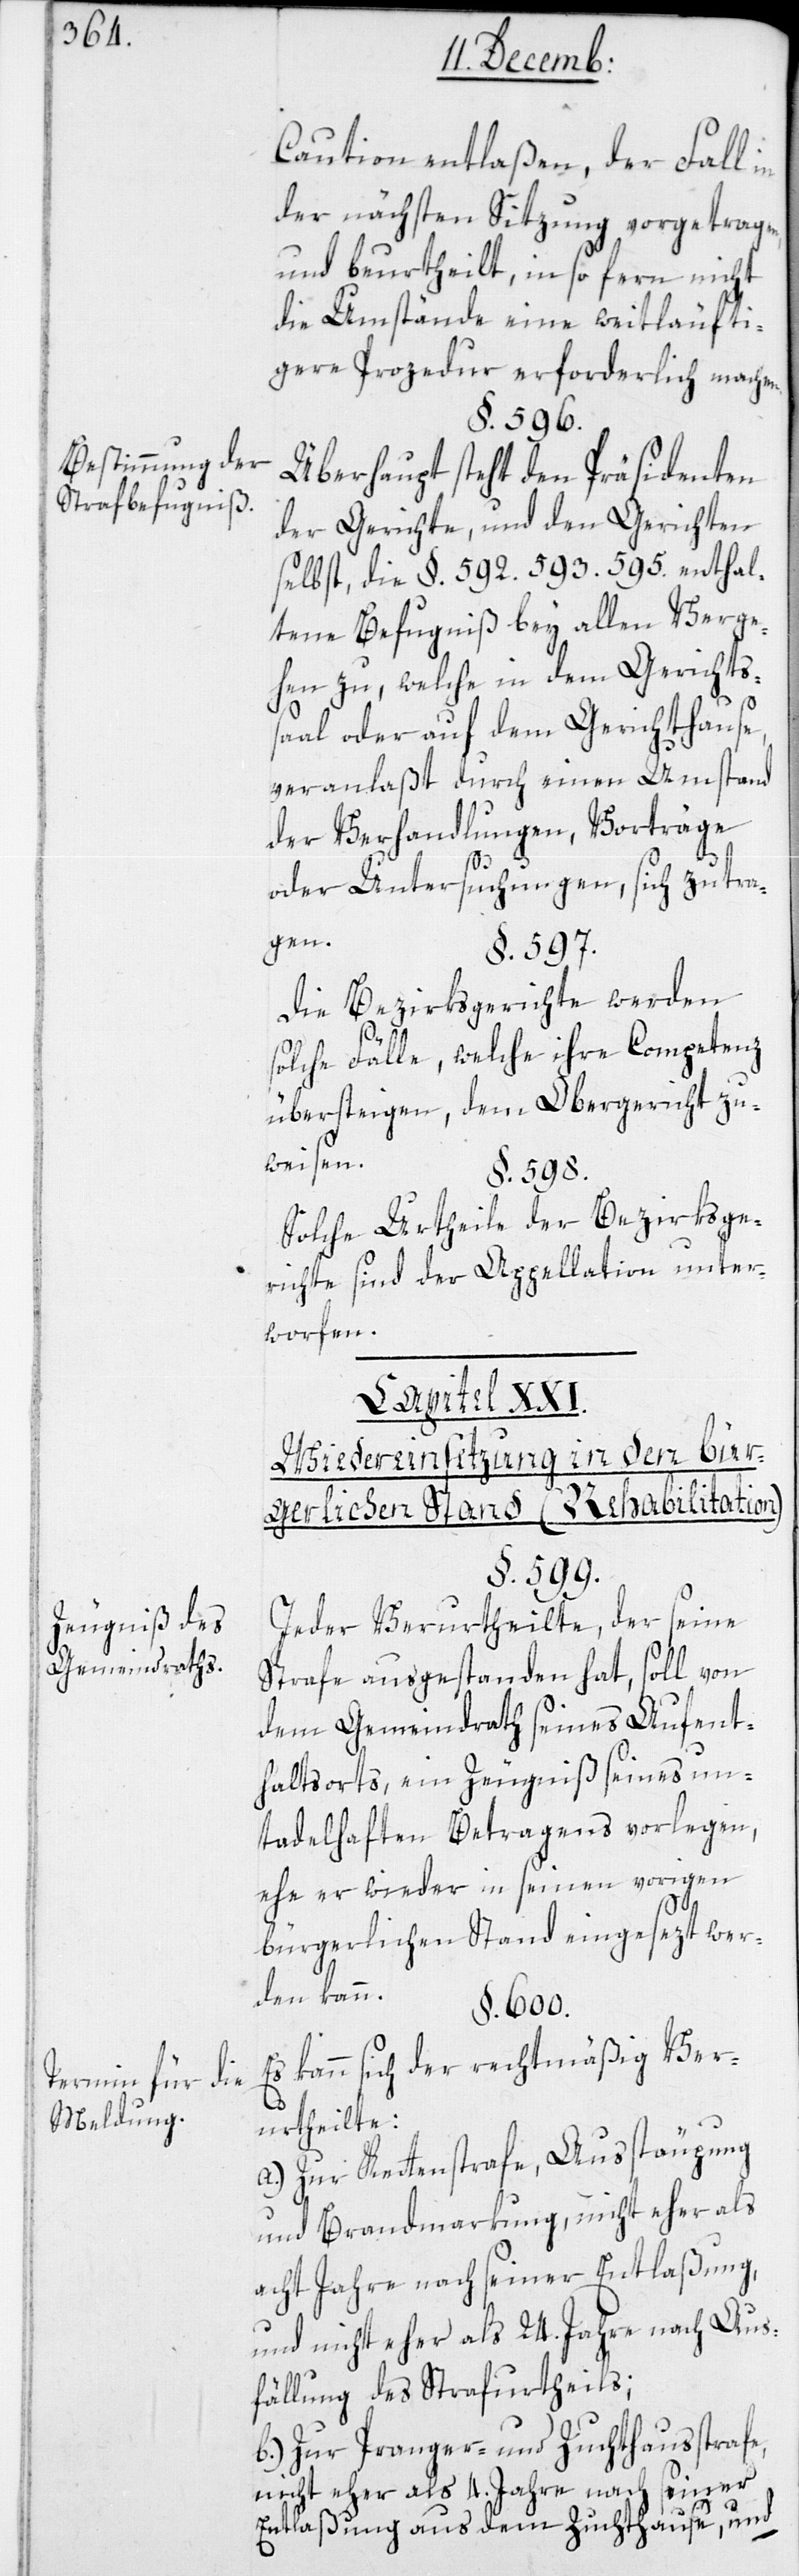
Bestimmung der
Strafbefugniß.
Zeugniß des
Gemeindrathes.
Termin für die
Meldung.

Caution entlaßen, der Fall in
der nächsten Sitzung vorgetragen
und beurtheilt, in so ferne nicht
die Umstände eine weitläufi¬
gere Prozedur erforderlich machen.
§. 596.
Überhaupt steht dem Präsidenten
der Gerichte und den Gerichten
selbst, die §. 592. 593. 595. enthal¬
tene Befugniß bey allen Verge¬
hen zu, welche in dem Gerichts¬
saal oder auf dem Gerichtshause,
veranlaßt durch einen Umstand
der Verhandlungen, Vorträge
oder Untersuchungen, sich zutra¬
gen.
§. 597.
Die Bezirksgerichte werden
solche Fälle, welche ihre Competenz
übersteigen, dem Obergericht zu¬
weisen.
§. 598.
Solche Urtheile der Bezirksge¬
richte sind der Appellation unter¬
worfen.
Wiedereinsetzung in den bür¬
gerlichen Stand (Rehabilitation).
§. 599.
Jeder Verurtheilte, der seine
Strafe ausgestanden hat, soll von
dem Gemeindrath seines Aufent¬
haltsorts ein Zeugniß seines un¬
tadelhaften Betragens vorlegen,
ehe er wieder in seinen vorigen
bürgerlichen Stand eingesezt wer¬
den kann.
§. 600.
Es kann sich der rechtmäßig Ver¬
urtheilte:
a.) Zur Kettenstrafe, Außtäupung
und Brandmarkung, nicht eher als
acht Jahre nach seiner Entlaßung,
und nicht eher als 24. Jahre nach Aus¬
fällung des Strafurtheils;
b.) Zur Pranger- und Zuchthausstrafe,
nicht eher als 4. Jahre nach seiner
Entlaßung aus dem Zuchthause, und